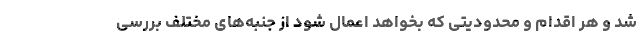
شد و هر اقدام و محدودیتی که بخواهد اعمال شود از جنبه‌های مختلف بررسی